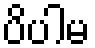
ပိပါမ